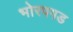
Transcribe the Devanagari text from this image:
भोरपगड